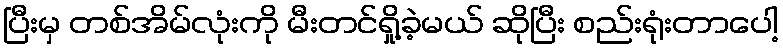
ပြီးမှ တစ်အိမ်လုံးကို မီးတင်ရှို့ခဲ့မယ် ဆိုပြီး စည်းရုံးတာပေါ့